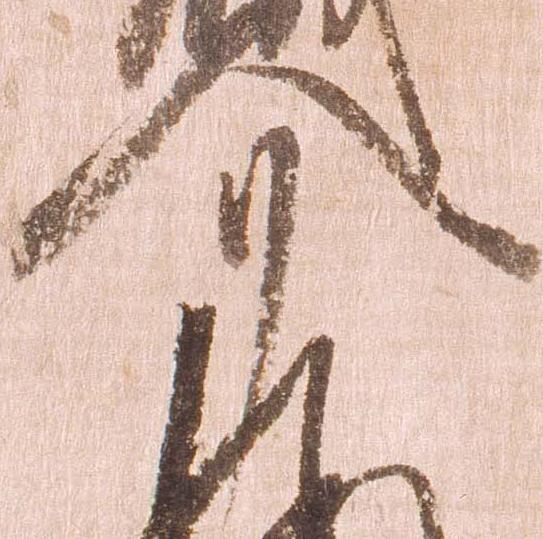
介